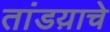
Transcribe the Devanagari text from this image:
तांडय़ाचे